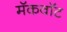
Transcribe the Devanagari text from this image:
मॅकवॉट